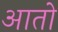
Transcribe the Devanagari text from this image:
आतो